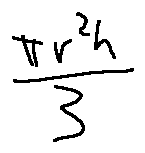
\frac { \pi r ^ { 2 } h } { 3 }